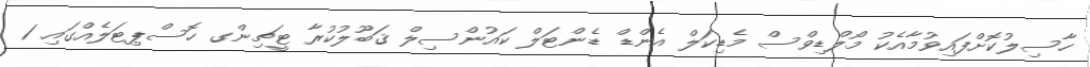
ހާސިލުކޮށްފައިވުމާއެކު މޯލްޑިވްސް މެޑިކަލް އެންޑް ޑެންޓަލް ކައުންސިލް ޤަބޫލުކުރާ ޓީޗިންގ ހޮސްޕިޓަލެއްގައި 1